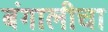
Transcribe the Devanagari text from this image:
बंगालीचा